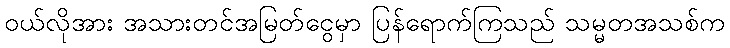
၀ယ်လိုအား အသားတင်အမြတ်ငွေမှာ ပြန်ရောက်ကြသည် သမ္မတအသစ်က